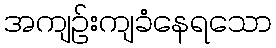
အကျဉ်းကျခံနေရသော